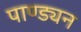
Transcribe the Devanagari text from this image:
पाण्ड्यन